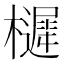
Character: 𭬱